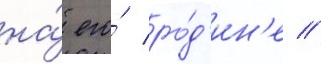
на́ его́ ро́д'ин'е //